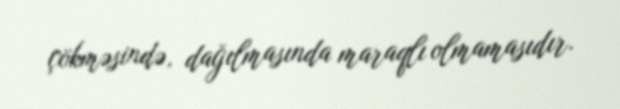
çökməsində, dağılmasında maraqlı olmamasıdır.